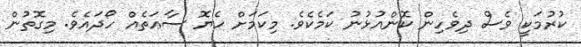
ކުރުމަކީ ވެސް ދިވެހިން ކޮންއުޅުނު ކަމެކެވެ. މިކަމަށް ހެޔޮ ސާޢަތެއް ހޯދައެވެ. މިގޮތުން